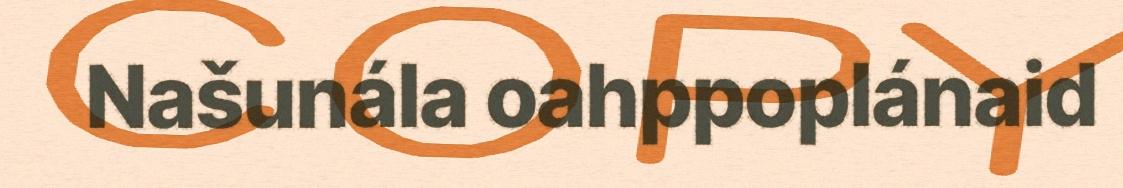
Našunála oahppoplánaid